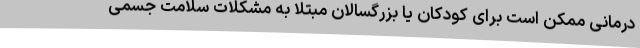
درمانی ممکن است برای کودکان یا بزرگسالان مبتلا به مشکلات سلامت جسمی